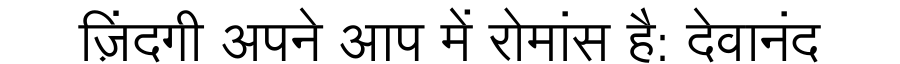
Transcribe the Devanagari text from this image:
ज़िंदगी अपने आप में रोमांस है: देवानंद